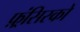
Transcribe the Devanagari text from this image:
फ़्रंसिस्को